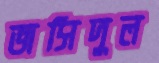
জসিদুল